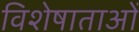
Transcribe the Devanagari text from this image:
विशेषाताओं